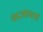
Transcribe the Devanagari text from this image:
चंद्रआचार्य